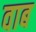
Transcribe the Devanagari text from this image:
वाब